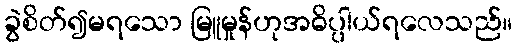
ခွဲစိတ်၍မရသော မြူမှုန်ဟုအဓိပ္ပါယ်ရလေသည်။